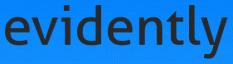
evidently